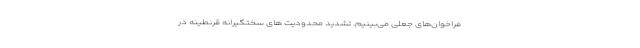
فراخوان‌های جعلی می‌بینیم. تشدید محدودیت ‌های سختگیرانه قرنطینه در